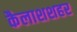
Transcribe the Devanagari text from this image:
कैलाशशहर